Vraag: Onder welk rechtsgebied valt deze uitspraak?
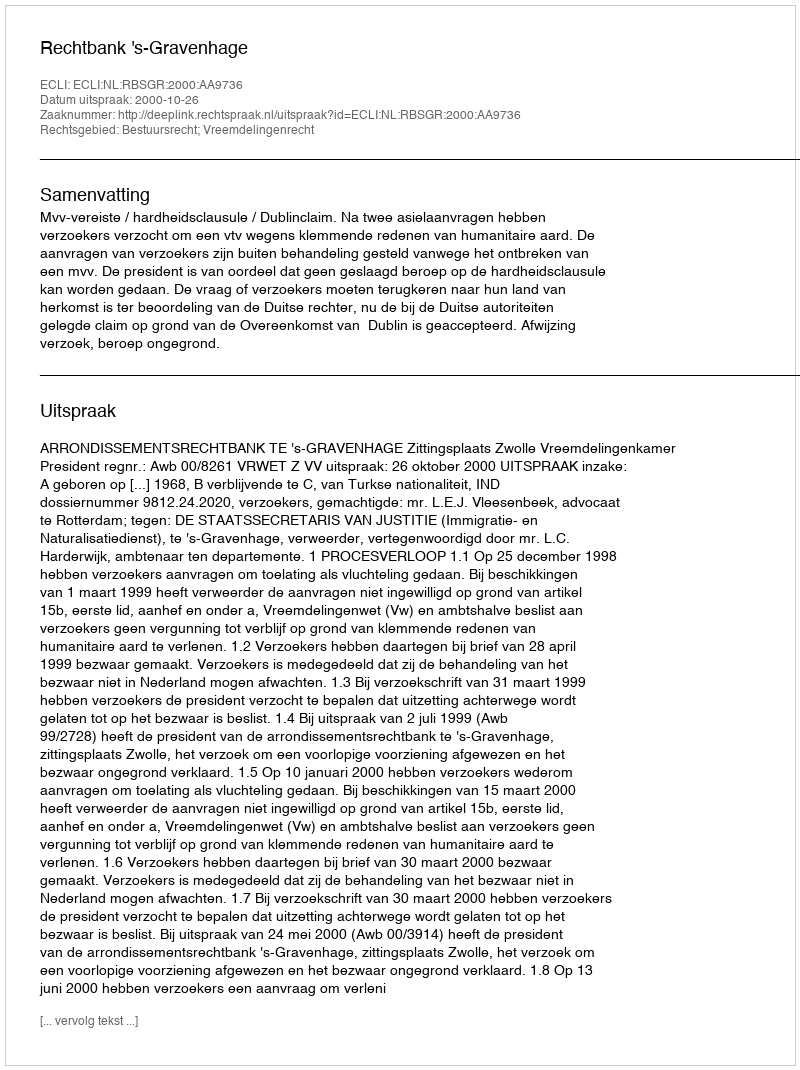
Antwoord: Bestuursrecht; Vreemdelingenrecht